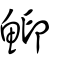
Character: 鮣